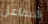
المفاعل